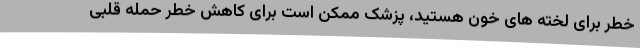
خطر برای لخته های خون هستید، پزشک ممکن است برای کاهش خطر حمله قلبی